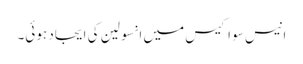
انیس سو اکیس میں انسولین کی ایجاد ہوئی۔